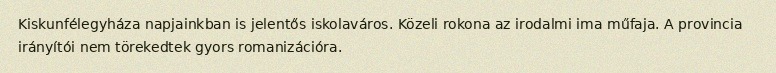
Kiskunfélegyháza napjainkban is jelentős iskolaváros. Közeli rokona az irodalmi ima műfaja. A provincia irányítói nem törekedtek gyors romanizációra.